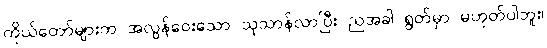
ကိုယ်တော်များက အလွန်ဝေးသော သုသာန်လာပြီး ညအခါ ရွတ်မှာ မဟုတ်ပါဘူး၊